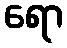
ရော